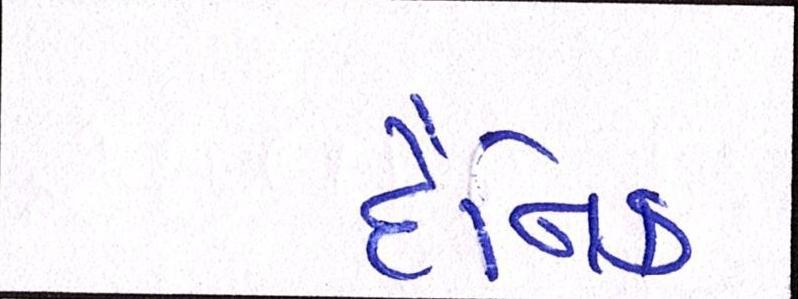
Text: દૈનિક